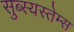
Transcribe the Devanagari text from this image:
सुब्स्यस्तेम्स